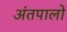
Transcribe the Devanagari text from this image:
अंतपालों